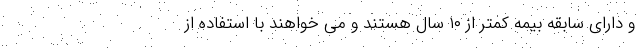
و دارای سابقه بیمه کمتر از ۱۰ سال هستند و می خواهند با استفاده از